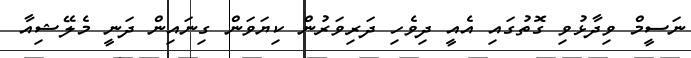
ނަސީމް ވިދާޅުވި ގޮތުގައި އެއީ ދިވެހި ދަރިވަރުން ކިޔަވަން ގިނައިން ދަނީ މެލޭޝިއާ